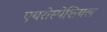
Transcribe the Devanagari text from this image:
एयरोस्पेशियल